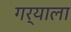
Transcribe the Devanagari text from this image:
गर्‍याला